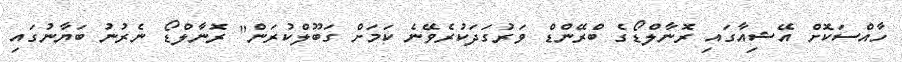
ހާއްސަކޮށް އޭޝިއާގައި ރޮނާލްޑޯގެ ބްރޭންޑް ވަރުގަދަކުރެވޭނެ ކަމަށް ގަބޫލްކުރަން" ރޮނާލްޑޯ ނެރުނު ބަޔާނުގައި